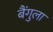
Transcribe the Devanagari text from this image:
बैंगुला